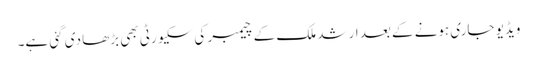
ویڈیو جاری ہونے کے بعد ارشد ملک کے چیمبر کی سکیورٹی بھی بڑھا دی گئی ہے۔